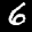
Label: 6